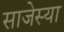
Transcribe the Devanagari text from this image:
साजेस्या